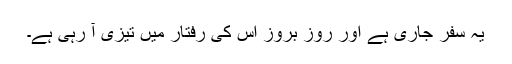
یہ سفر جاری ہے اور روز بروز اس کی رفتار میں تیزی آ رہی ہے۔